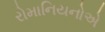
રોમાનિયનોએ